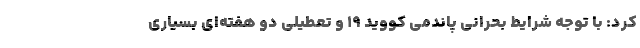
کرد: با توجه شرایط بحرانی پاندمی کووید ۱۹ و تعطیلی دو هفته‌ای بسیاری